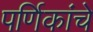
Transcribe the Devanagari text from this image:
पर्णिकांचे